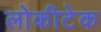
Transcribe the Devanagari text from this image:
लोकीटेक